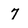
Character: 7